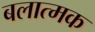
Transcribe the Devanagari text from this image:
बलात्मक